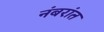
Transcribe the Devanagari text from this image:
नंबरांत